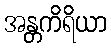
အန္တကိရိယာ